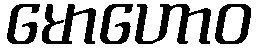
မောဟောဝ